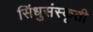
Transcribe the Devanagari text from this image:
सिंधुसंस्कृती